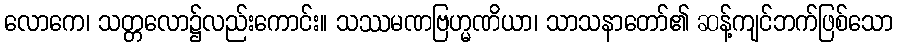
လောကေ၊ သတ္တလော၌လည်းကောင်း။ သဿမဏဗြဟ္မဏိယာ၊ သာသနာတော်၏ ဆန့်ကျင်ဘက်ဖြစ်သော